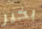
بخير